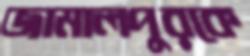
জামালপুরকে